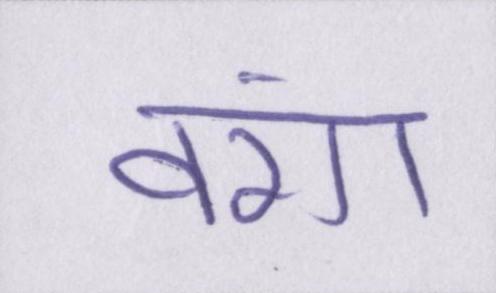
वंश